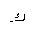
Letter: _kaf